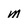
Character: m